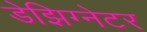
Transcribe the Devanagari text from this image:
डेझिग्नेटर